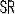
SR